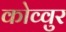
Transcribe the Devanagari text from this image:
कोव्वुर